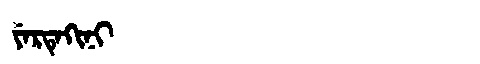
Manchu: ᠶᡝᡵᡨᡝᡴᡳᠨᡳ
Romanization: YERTEKINI